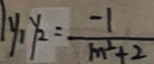
y _ { 1 } y _ { 2 } = \frac { - 1 } { m ^ { 2 } + 2 }